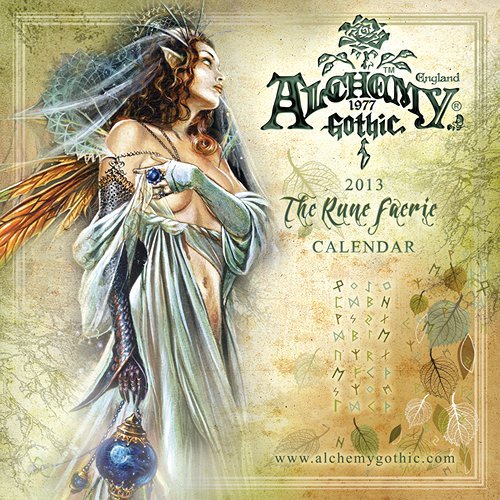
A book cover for Alchemy Gothic Rune Faerie 2013 Wall Calendar; Aquarius; Calendars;